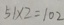
5 1 \times 2 = 1 0 2